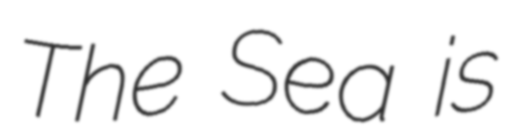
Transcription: The Sea is